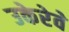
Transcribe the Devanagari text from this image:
उकेरेवे